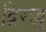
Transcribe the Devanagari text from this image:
द्विरज्जु